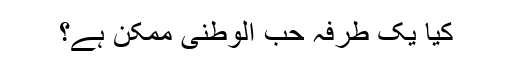
کیا یک طرفہ حب الوطنی ممکن ہے؟